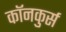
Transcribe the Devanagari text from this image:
कॉनकुर्स